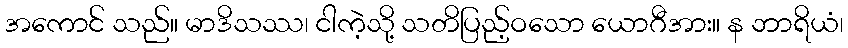
အကောင် သည်။ မာဒိသဿ၊ ငါကဲ့သို့ သတိပြည့်ဝသော ယောဂီအား။ န ဘာရိယံ၊